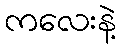
ကလေးနဲ့